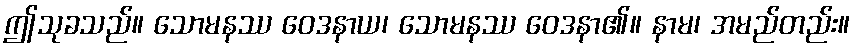
ဤသုခသည်။ သောမနဿ ဝေဒနာယ၊ သောမနဿ ဝေဒနာ၏။ နာမ၊ အမည်တည်း။